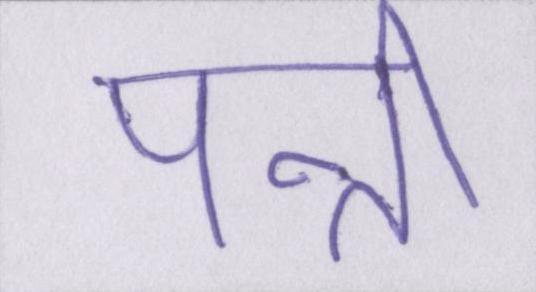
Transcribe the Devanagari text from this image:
पत्नी